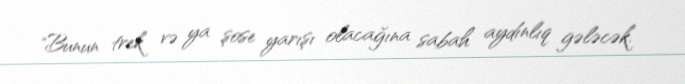
"Bunun trek və ya şose yarışı olacağına sabah aydınlıq gələcək.